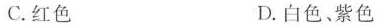
C.红色 D.白色、紫色